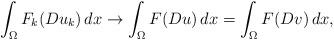
LaTeX: \begin{align*}\int_{\Omega} F_k(D u_k) \, dx \rightarrow \int_{\Omega} F(Du) \, dx = \int_{\Omega} F(D v) \, dx,\end{align*}